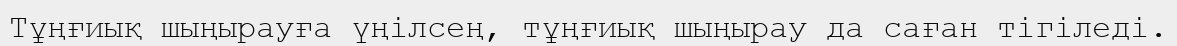
Тұңғиық шыңырауға үңілсең, тұңғиық шыңырау да саған тігіледі.